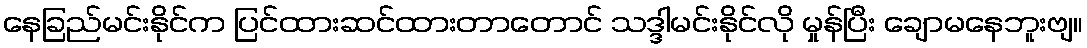
နေခြည်မင်းနိုင်က ပြင်ထားဆင်ထားတာတောင် သဒ္ဒါမင်းနိုင်လို မှုန်ပြီး ချောမနေဘူးဗျ။